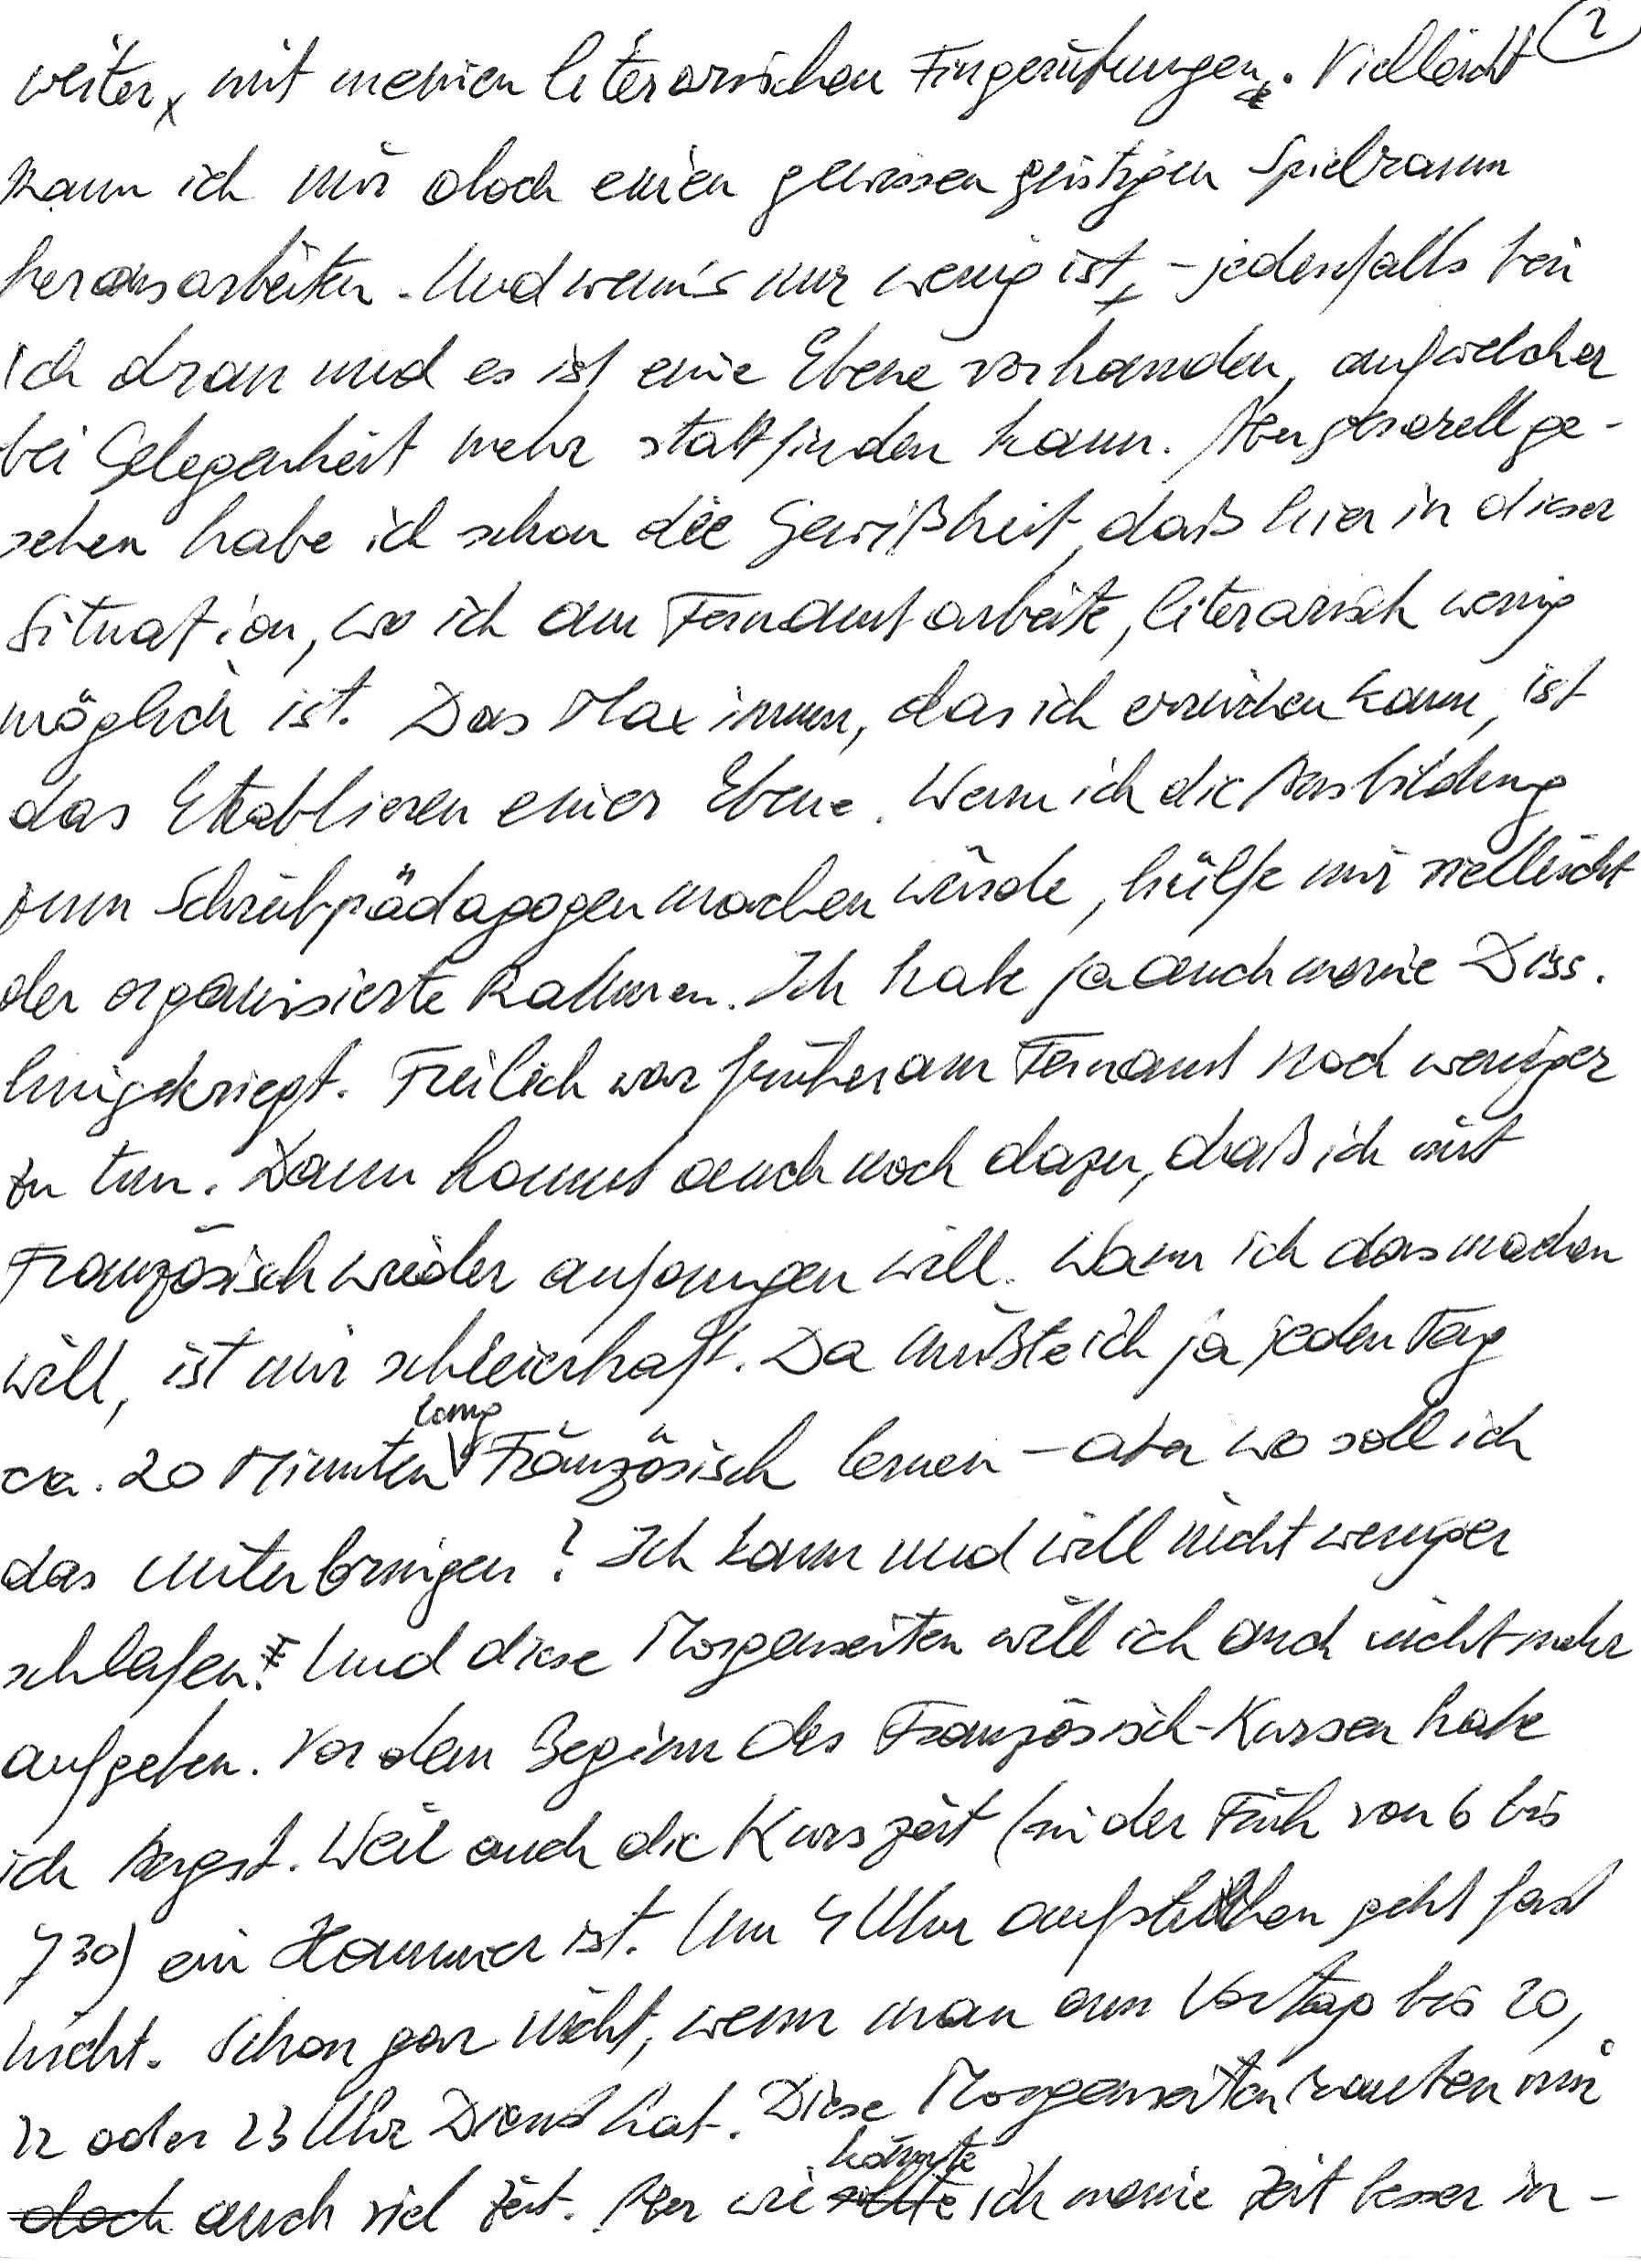
weiter mit meinen literarischen Fingerübungen. Vielleicht
kann ich mir doch einen gewissen geistigen Spielraum
herausarbeiten. Und wenn’s nur wenig ist – jedenfalls bin
ich dran und es ist eine Ebene vorhanden, auf welcher
bei Gelegenheit mehr stattfinden kann. Aber generell ge-
sehen habe ich schon die Gewißheit, daß hier in dieser
Situation, wo ich am Fernamt arbeite, literarisch wenig
möglich ist. Das Maximum, das ich erreichen kann, ist
das Etablieren einer Ebene. Wenn ich die Ausbildung
zum Schreibpädagogen machen würde, hülfe mir vielleicht
der organisierte Rahmen. Ich habe ja auch meine Diss.
hingekriegt. Freilich war früher am Fernamt noch weniger
zu tun. Dann kommt auch noch dazu, daß ich mit
Französisch wieder anfangen will. Wann ich das machen
will, ist mir schleierhaft. Da müßte ich ja jeden Tag
ca. 20 Minuten lang Französisch lernen – aber wo soll ich
das unterbringen? Ich kann und will nicht weniger
schlafen. Und diese Morgenseiten will ich auch nicht mehr
aufgeben. Vor dem Beginn des Französisch-Kurses habe
ich Angst. Weil auch die Kurszeit (in der Früh von 6 bis
730) ein Hammer ist. Um 4 Uhr aufstehen geht fast
nicht. Schon gar nicht, wenn man am Vortag bis 20,
22 oder 23 Uhr Dienst hat. Diese Morgenseiten rauben mir
doch auch viel Zeit. Aber wie könnte ich meine Zeit besser in-